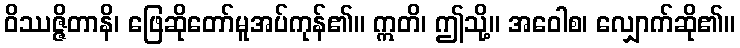
ဝိဿဇ္ဇိတာနိ၊ ဖြေဆိုတော်မူအပ်ကုန်၏။ ဣတိ၊ ဤသို့။ အဝေါစ၊ လျှောက်ဆို၏။